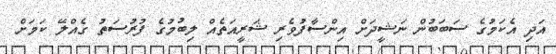
އަދި އެކަމުގެ ސަބަބުން ނަޝީދަށް އިންސާފުވެރި ޝަރީއަތެއް ލިބުމުގެ ފުރުސަތު ގެއްލޭ ކަމަށް